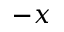
- x